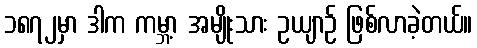
၁၈၇၂မှာ ဒါက ကမ္ဘာ့ အမျိုးသား ဥယျာဉ် ဖြစ်လာခဲ့တယ်။